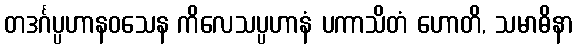
တဒင်္ဂပ္ပဟာနဝသေန ကိလေသပ္ပဟာနံ ပကာသိတံ ဟောတိ, သမာဓိနာ